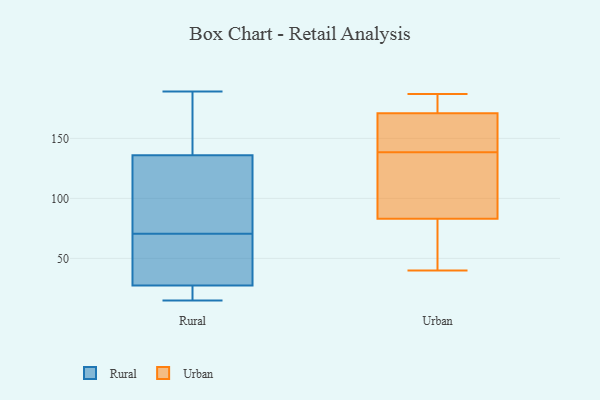
{"axis": {"x": "Latency (ms)", "y": "Value"}, "legend": ["Rural", "Urban"], "data": [{"x": "", "y": 30, "type": "Rural"}, {"x": "", "y": 15, "type": "Rural"}, {"x": "", "y": 124, "type": "Rural"}, {"x": "", "y": 177, "type": "Rural"}, {"x": "", "y": 108, "type": "Rural"}, {"x": "", "y": 48, "type": "Rural"}, {"x": "", "y": 50, "type": "Rural"}, {"x": "", "y": 189, "type": "Rural"}, {"x": "", "y": 91, "type": "Rural"}, {"x": "", "y": 25, "type": "Rural"}, {"x": "", "y": 148, "type": "Rural"}, {"x": "", "y": 24, "type": "Rural"}, {"x": "", "y": 141, "type": "Urban"}, {"x": "", "y": 40, "type": "Urban"}, {"x": "", "y": 176, "type": "Urban"}, {"x": "", "y": 142, "type": "Urban"}, {"x": "", "y": 166, "type": "Urban"}, {"x": "", "y": 178, "type": "Urban"}, {"x": "", "y": 95, "type": "Urban"}, {"x": "", "y": 87, "type": "Urban"}, {"x": "", "y": 187, "type": "Urban"}, {"x": "", "y": 179, "type": "Urban"}, {"x": "", "y": 124, "type": "Urban"}, {"x": "", "y": 79, "type": "Urban"}, {"x": "", "y": 143, "type": "Urban"}, {"x": "", "y": 48, "type": "Urban"}, {"x": "", "y": 136, "type": "Urban"}, {"x": "", "y": 58, "type": "Urban"}]}